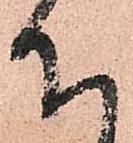
下